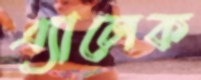
এ্যালেক